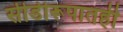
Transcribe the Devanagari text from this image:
सीडीरूपातही